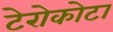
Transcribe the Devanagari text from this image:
टेरोकोटा